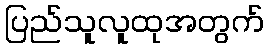
ပြည်သူလူထုအတွက်